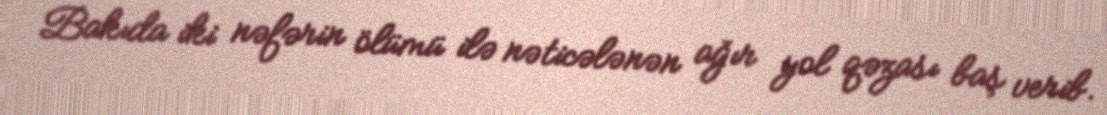
Bakıda iki nəfərin ölümü ilə nəticələnən ağır yol qəzası baş verib.